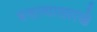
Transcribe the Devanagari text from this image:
बसल्यासारखे